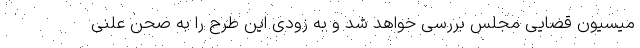
میسیون قضایی مجلس بررسی خواهد شد و به زودی این طرح را به صحن علنی